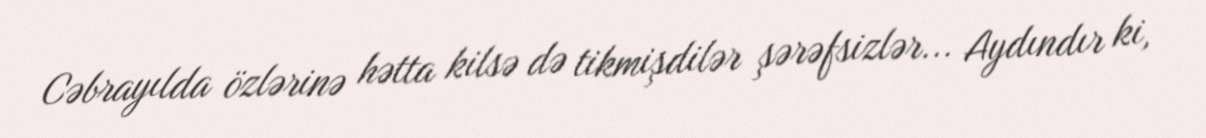
Cəbrayılda özlərinə hətta kilsə də tikmişdilər şərəfsizlər... Aydındır ki,